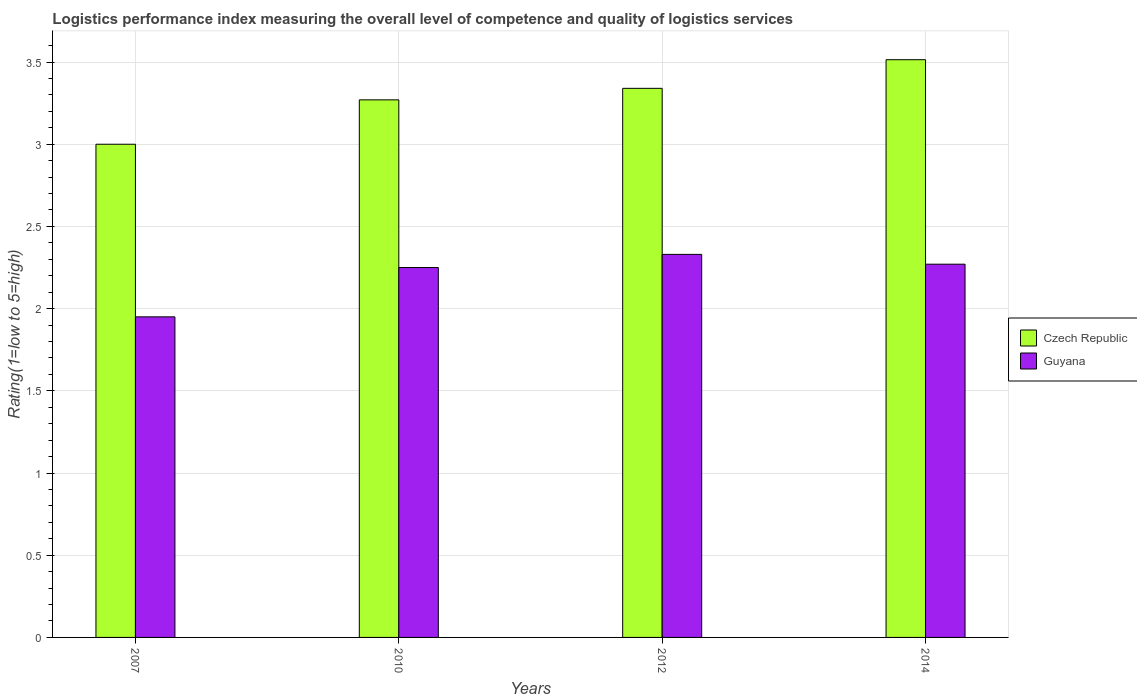
| Years | Czech Republic | Guyana |
 | --- | --- | --- |
 | 2007 | 3 | 1.95 |
 | 2010 | 3.27 | 2.25 |
 | 2012 | 3.34 | 2.33 |
 | 2014 | 3.51 | 2.27 |